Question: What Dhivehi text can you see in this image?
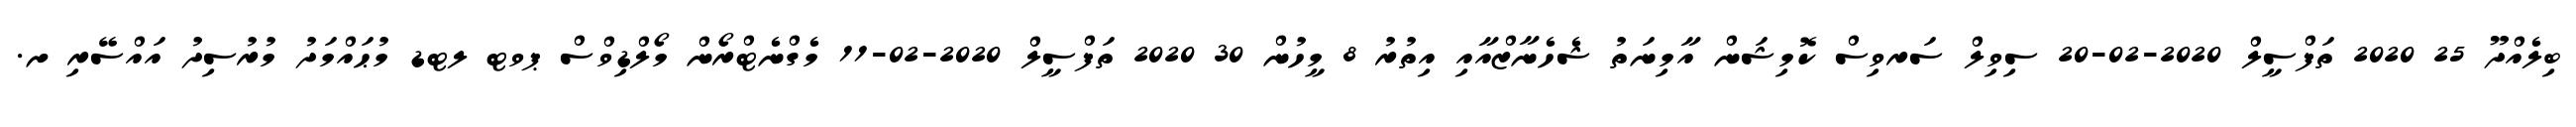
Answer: ބިލެއްދޫ 25 2020 ތަފްސީލް 2020-02-20 ސިވިލް ސަރވިސް ކޮމިޝަން އާމިނަތު ޝެހެނާޒްއާއި އިތުރު 8 މީހުން 30 2020 ތަފްސީލް 2020-02-11 މެގްނެޓްރޯން މޯލްޑިވްސް ޕވޓ ލޓޑ މުޙައްމަދު މުރުސިދު އައްސޭރި ށ.